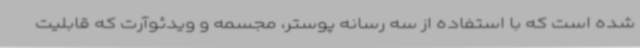
شده است که با استفاده از سه رسانه پوستر، مجسمه و ویدئوآرت که قابلیت